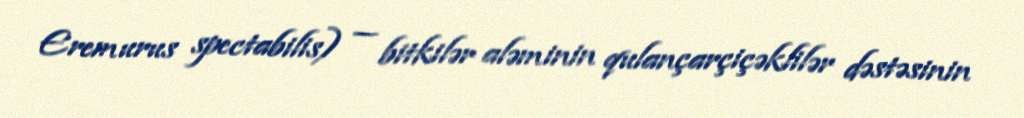
Eremurus spectabilis) — bitkilər aləminin qulançarçiçəklilər dəstəsinin